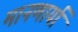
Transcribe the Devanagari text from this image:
मानणार्या